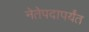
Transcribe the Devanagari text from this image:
नेतेपदापर्यंत